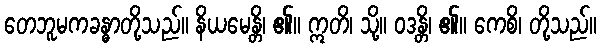
တေဘူမကခန္ဓာတို့သည်။ နိယမေန္တိ၊ ၏။ ဣတိ၊ သို့။ ဝဒန္တိ၊ ၏။ ကေစိ၊ တို့သည်။